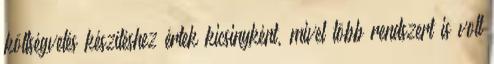
költségvetés készítéshez értek kicsinyként, mivel több rendszert is volt